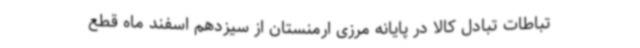
تباطات تبادل کالا در پایانه مرزی ارمنستان از سیزدهم اسفند ماه قطع